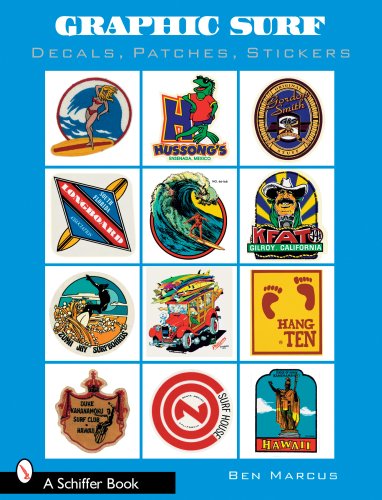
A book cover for Graphic Surf: Decals, Patches, Stickers; Ben Marcus; Sports & Outdoors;